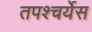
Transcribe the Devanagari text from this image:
तपश्चर्येस